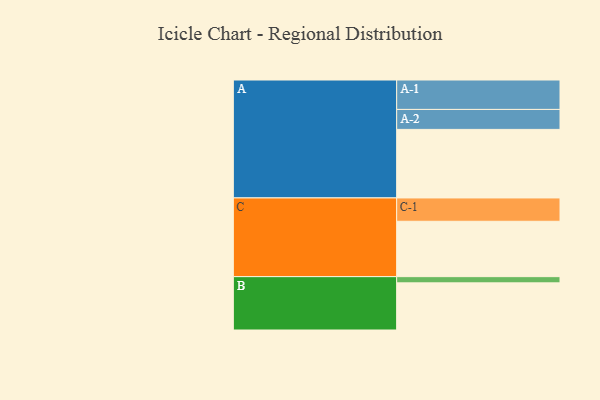
{"axis": {"x": "Segment", "y": "Value"}, "legend": ["", "A", "B", "C"], "data": [{"x": "A", "y": 573, "type": ""}, {"x": "B", "y": 394, "type": ""}, {"x": "C", "y": 463, "type": ""}, {"x": "A-1", "y": 246, "type": "A"}, {"x": "A-2", "y": 167, "type": "A"}, {"x": "B-1", "y": 52, "type": "B"}, {"x": "C-1", "y": 195, "type": "C"}]}